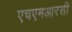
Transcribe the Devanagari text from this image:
एचएमआरसी